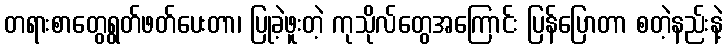
တရားစာတွေရွတ်ဖတ်ပေးတာ၊ ပြုခဲ့ဖူးတဲ့ ကုသိုလ်တွေအကြောင်း ပြန်ပြောတာ စတဲ့နည်းနဲ့